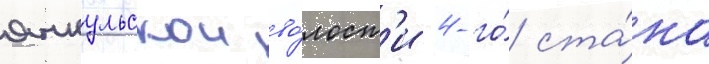
янкульскои во́лост'и 4-го́ ста́на